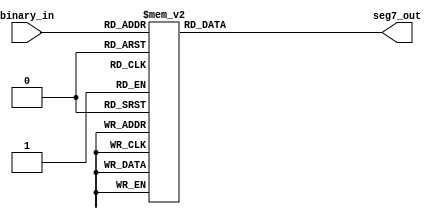
module bit_4_to_seg7 (
	input [3:0] binary_in,  // 3
	output reg [6:0] seg7_out    // 7
);

always @(*) begin
	// 37
	case (binary_in)
		4'b0000: seg7_out = ~7'b1000000;  // 0
		4'b0001: seg7_out = ~7'b1111001;  // 1
		4'b0010: seg7_out = ~7'b0100100;  // 2
		4'b0011: seg7_out = ~7'b0110000;  // 3
		4'b0100: seg7_out = ~7'b0011001;  // 4
		4'b0101: seg7_out = ~7'b0010010;  // 5
		4'b0110: seg7_out = ~7'b0000010;  // 6
		4'b0111: seg7_out = ~7'b1111000;  // 7
		4'b1000: seg7_out = ~7'b0000000;  // 8
		4'b1001: seg7_out = ~7'b0010000;  // 9
		4'b1010: seg7_out = ~7'b0001000;  // A
		4'b1011: seg7_out = ~7'b0000011;  // B
		4'b1100: seg7_out = ~7'b1000110;  // C
		4'b1101: seg7_out = ~7'b0100001;  // D
		4'b1110: seg7_out = ~7'b0000110;  // E
		4'b1111: seg7_out = ~7'b0001110;  // F
	endcase
end

endmodule